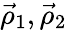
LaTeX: \vec{\rho}_{1},\vec{\rho}_{2}